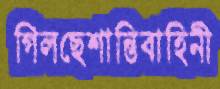
গিলছেশান্তিবাহিনী